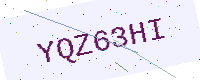
Text: YQZ63HI